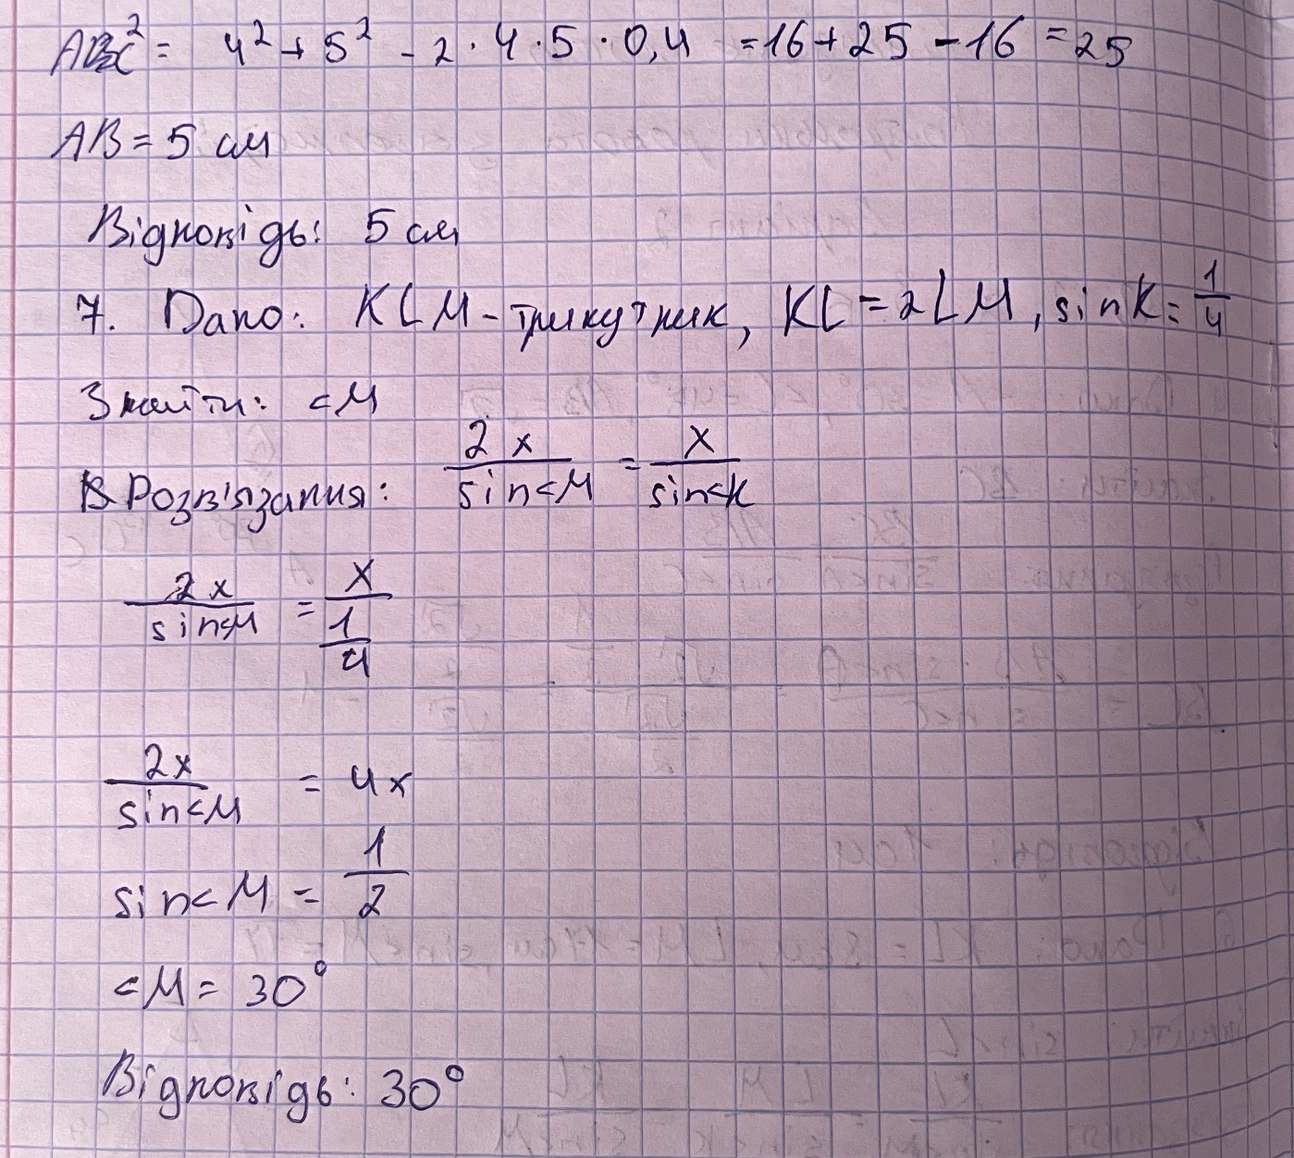
ABC^2 = 4^2 + 5^2 - 2 * 4 * 5 * 0,4 = 16 + 25 - 16 = 25
AB = 5 cm
Відповідь: 5 см
7. Дано: KLM - трикутник, KL = 2LM, sin K = 1/4
Знайти: <M
~~В~~ Розв'язання: 2*х/sin<M = х/sin<K
2*х/sin<u=х/(1/4)
2*х/sin<M=4х
sin<M=1/2
<M= 30°
Відповідь: 30°